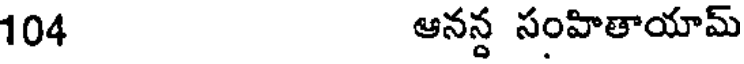
104 ఆనన్ద సంహితాయామ్